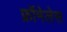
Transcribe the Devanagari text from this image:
फ्रॉमेलेस